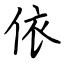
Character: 依